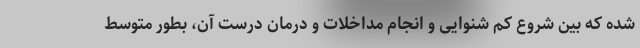
شده که بین شروع کم شنوایی و انجام مداخلات و درمان درست آن، بطور متوسط